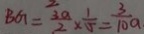
B G = \frac { 3 a } { 2 } \times \frac { 1 } { 5 } = \frac { 3 } { 1 0 } a .